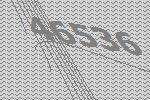
46536